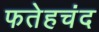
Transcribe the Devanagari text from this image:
फतेहचंद